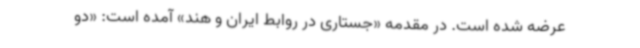
عرضه شده است. در مقدمه «جستاری در روابط ایران و هند» آمده است: «دو